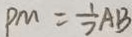
P M = \frac { 1 } { 7 } A B